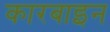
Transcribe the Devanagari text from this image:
कारबाइन